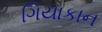
ગિયાકાન